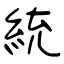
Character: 統